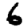
Digit: 6